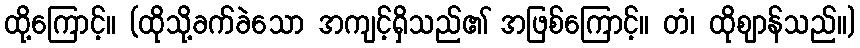
ထို့ကြောင့်။ (ထိုသို့ခက်ခဲသော အကျင့်ရှိသည်၏ အဖြစ်ကြောင့်။ တံ၊ ထိုဈာန်သည်။)